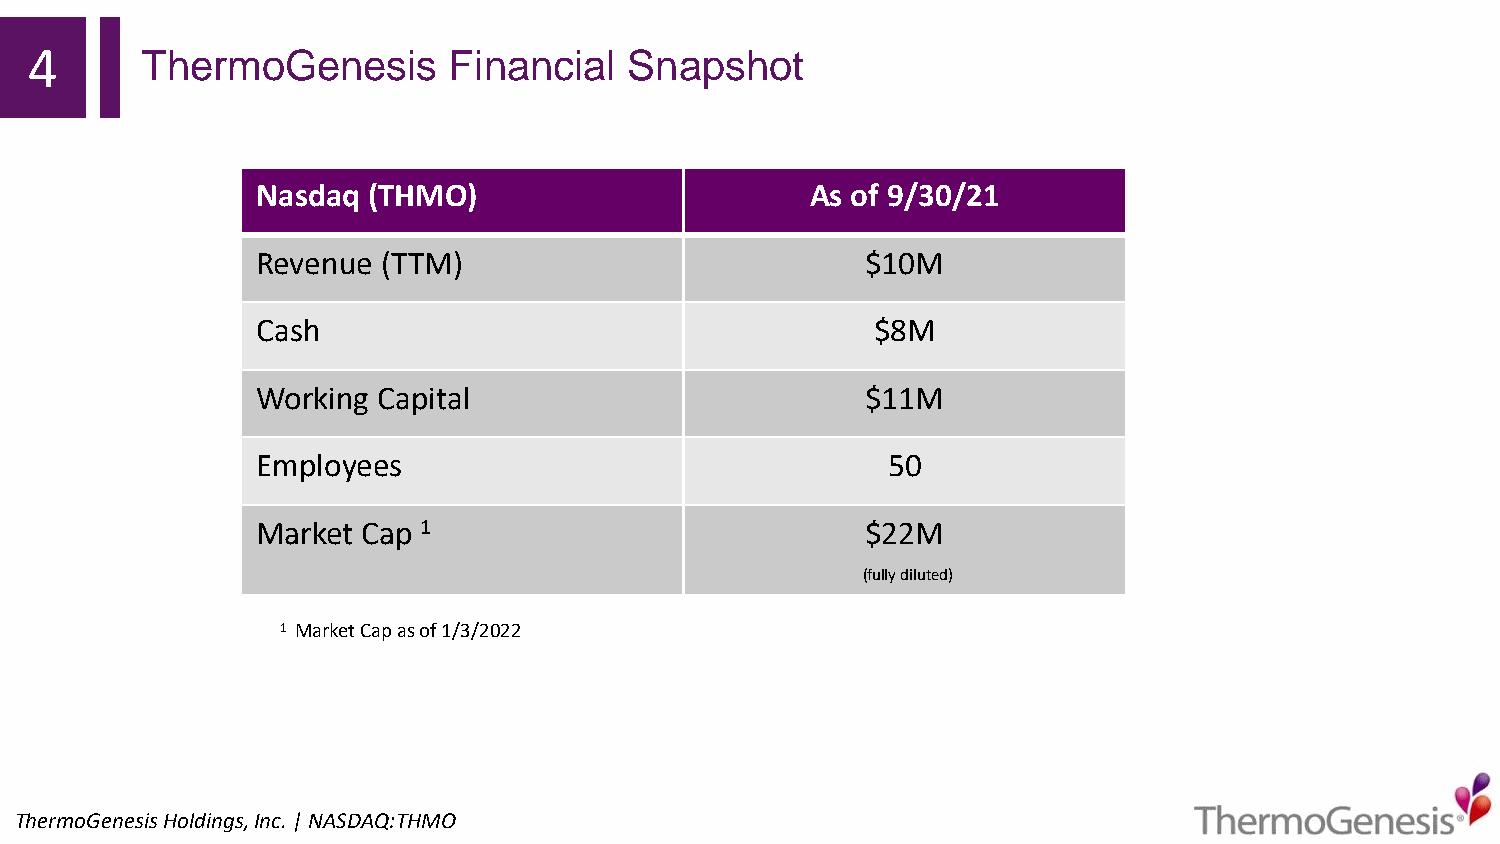
4      ThermoGenesis        Financial   Snapshot
 Nasdaq (THMO)                        As of 9/30/21
 Revenue (TTM)                           $10M
 Cash                                     $8M
 Working Capital                         $11M
 Employees                                 50
 Market Cap 1                            $22M
 (fully diluted)
 1 Market Cap as of 1/3/2022
 ThermoGenesisHoldings,Inc.| NASDAQ:THMO